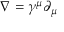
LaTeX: \nabla = \gamma ^ { \mu } \partial _ { \mu }